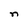
Character: n